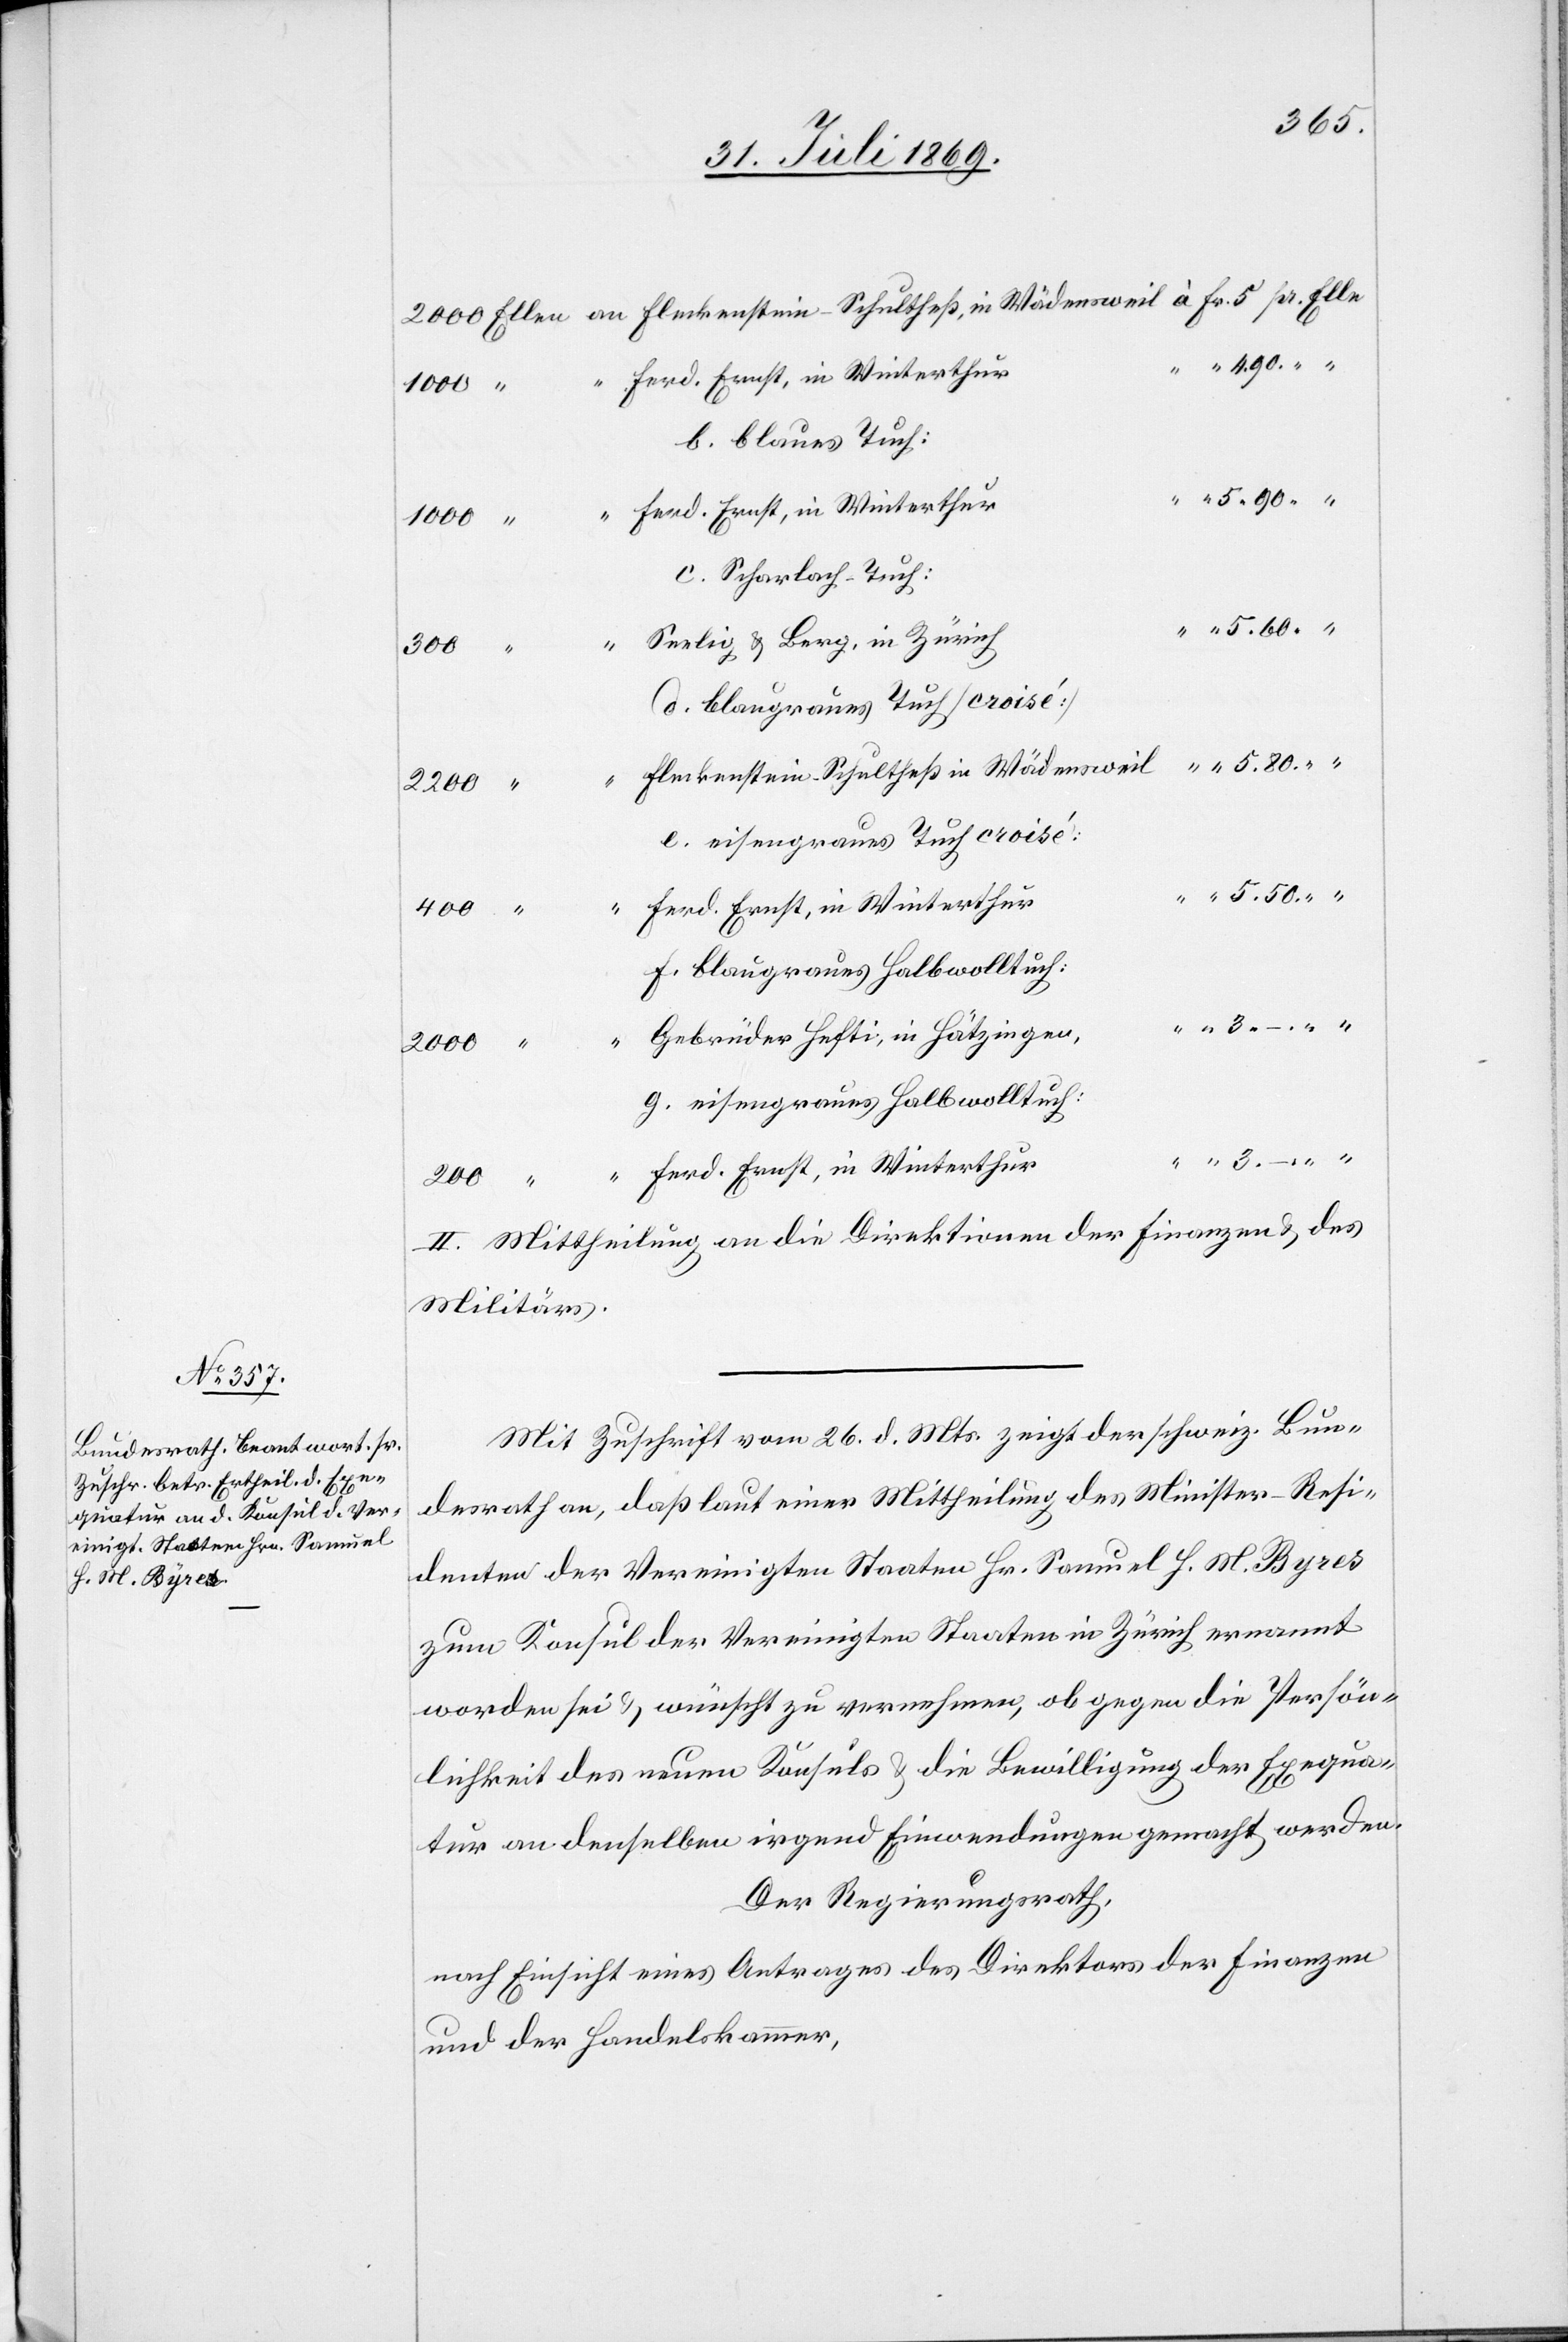
2000 Ellen	an Fleckenstein-Schultheß, in Wädensweil	à Fr. 5 	pr. Elle
1000
b. blaues Tuch:
c. Scharlach-Tuch:
200
Ernst, in
d. blaugraues Tuch [croisé]
leckenstein-Schultheß in Wädensweil	“	 5.80 “
2200
e. eisengraues Tuch croisé:
f. blaugraues Halbwolltuch:
g. eisengraues Halbwolltuch:
3. – “
II. Mittheilung an die Direktionen der Finanzen u. des
Militärs.
Mit Zuschrift vom 26 d. Mts. zeigt das schweiz. Bun¬
desrath an, daß laut einer Mittheilung des Minister-Resi¬
denten der Vereinigten Staaten Hr. Samuel H. M. Byres
zum Konsul der Vereinigten Staaten in Zürich ernannt
worden sei u. wünscht zu vernehmen, ob gegen die Persön¬
lichkeit des neuen Konsuls u. die Bewilligung der Exequa¬
tur an denselben irgend Einwendungen gemacht werden.
Der Regierungsrath,
nach Einsicht eines Antrages der Direktion der Finanzen
und der Handelskammer,